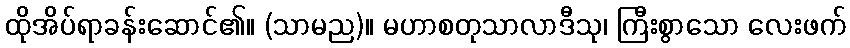
ထိုအိပ်ရာခန်းဆောင်၏။ (သာမည)။ မဟာစတုသာလာဒီသု၊ ကြီးစွာသော လေးဖက်